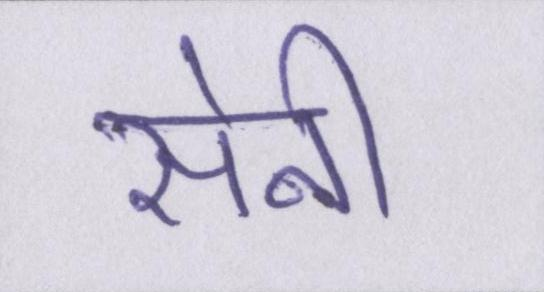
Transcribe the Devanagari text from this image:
सेनी